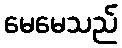
မေမေသည်